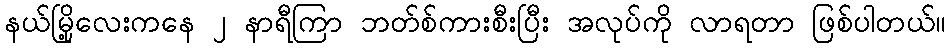
နယ်မြို့လေးကနေ ၂ နာရီကြာ ဘတ်စ်ကားစီးပြီး အလုပ်ကို လာရတာ ဖြစ်ပါတယ်။